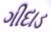
ગીદાડ